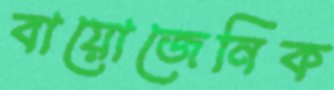
বায়োজেনিক